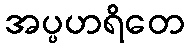
အပ္ပဟရိတေ